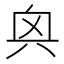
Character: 𫤭